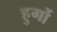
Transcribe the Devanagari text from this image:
हुर्गो